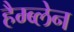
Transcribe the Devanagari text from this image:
हैम्ब्लेन